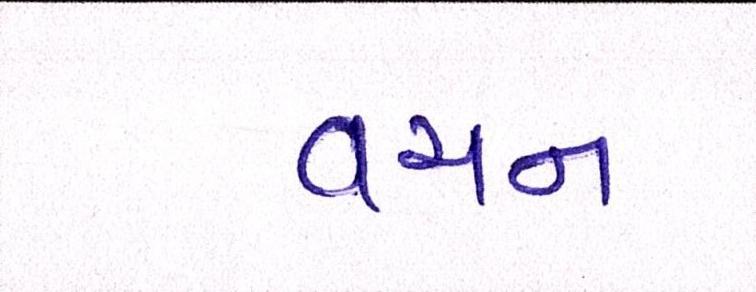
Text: વચન